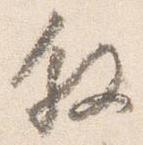
叙